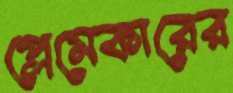
প্লেমেকারের